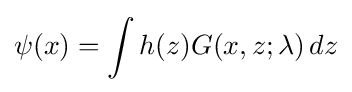
\psi (x)=\int h(z)G(x,z;\lambda )\,dz